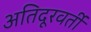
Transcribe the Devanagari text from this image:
अतिदूरवर्ती